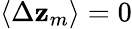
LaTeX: \langle\Delta\mathbf{z}_{m}\rangle=0